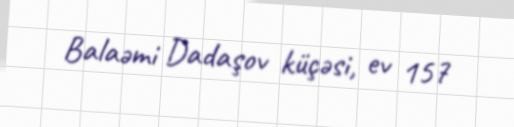
Balaəmi Dadaşov küçəsi, ev 157